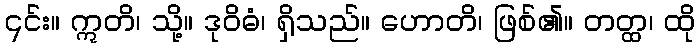
၎င်း။ ဣတိ၊ သို့။ ဒုဝိဓံ၊ ရှိသည်။ ဟောတိ၊ ဖြစ်၏။ တတ္ထ၊ ထို